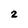
Character: 2